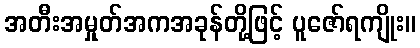
အတီးအမှုတ်အကအခုန်တို့ဖြင့် ပူဇော်ရကျိုး။